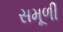
સમૂળી